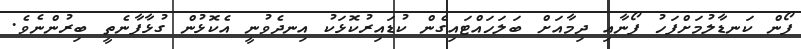
ފޯން ކަނޑާލުމަށްފަހު ފޯނާއި ދިމާއަށް ބަލަހައްޓައިގެން ކުޑައިރުކޮޅަކު އިނދެވުނީ އެކޮޅުން ގުޅާފާނެތީ ބިރުންނެވެ.